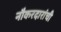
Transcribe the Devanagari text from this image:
नौकरदारांची